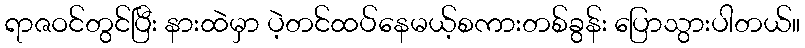
ရာဇဝင်တွင်ပြီး နားထဲမှာ ပဲ့တင်ထပ်နေမယ့်စကားတစ်ခွန်း ပြောသွားပါတယ်။